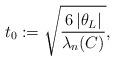
LaTeX: \begin{align*}t_0:=\sqrt{\dfrac{6\,|\theta_L|}{\lambda_n(C)}},\end{align*}